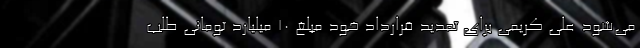
می‌شود علی کریمی برای تمدید قرارداد خود مبلغ 10 میلیارد تومانی طلب